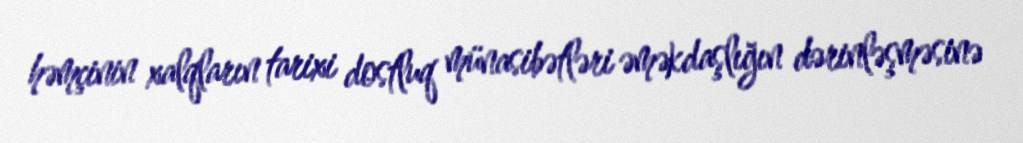
həmçinin xalqların tarixi dostluq münasibətləri əməkdaşlığın dərinləşməsinə